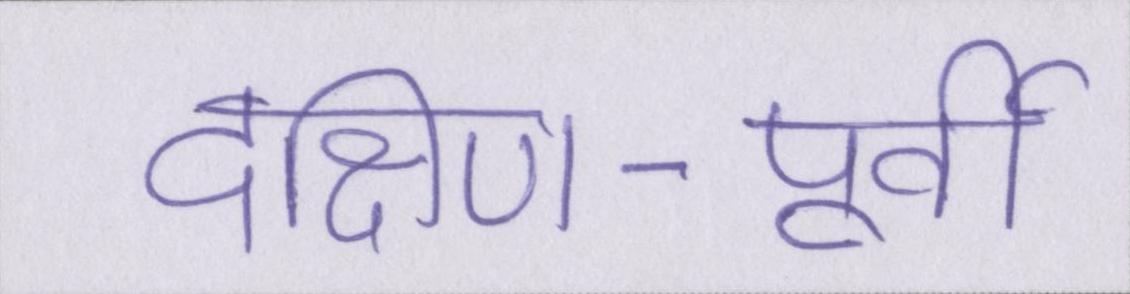
दक्षिण-पूर्वी